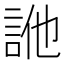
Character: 𧦭